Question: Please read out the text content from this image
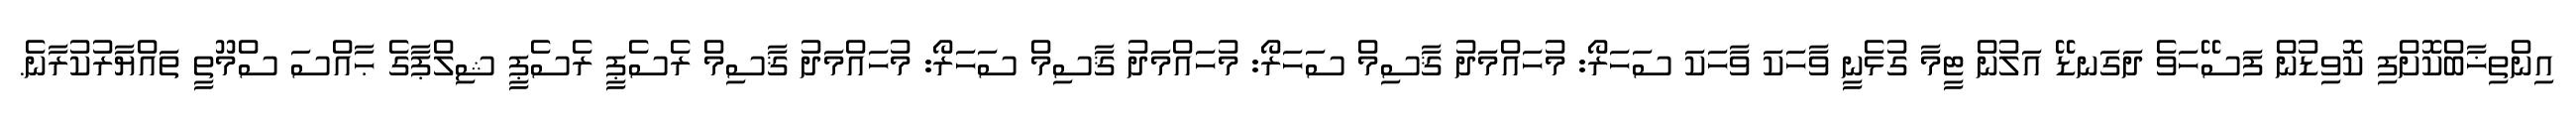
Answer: އިންތިޚާބްކޮށްފި ކޮވިޑުން ފަސޭހަވެ ދަގަނޑޭ އަލުން ޓީމާ ގުޅެނީ ވާހަކަ ވާހަކަ ސަހަރޯ: މުހައްމަދު ޤާސިމް ސަހަރޯ: މުހައްމަދު ޤާސިމް ސަހަރޯ: މުހައްމަދު ޤާސިމް ރެސެޕީ ރެސެޕީ ޝިލްޕާގެ ޙާއްސަ ސްމޫތީ ތައްޔާރުކުރާނެ.